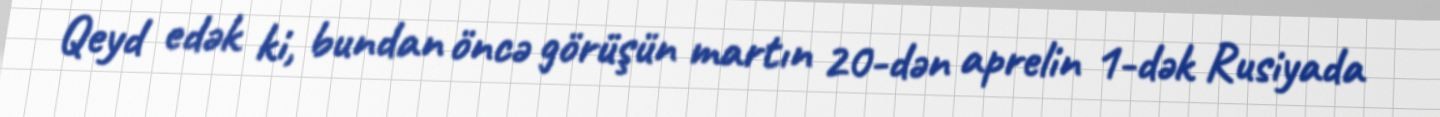
Qeyd edək ki, bundan öncə görüşün martın 20-dən aprelin 1-dək Rusiyada